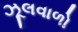
ઝૂલવાળો